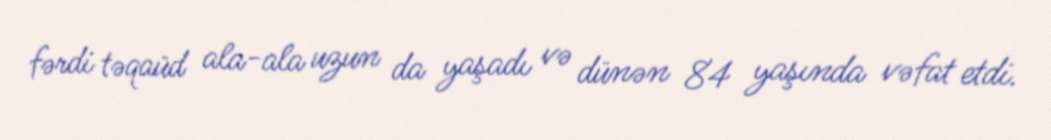
fərdi təqaüd ala-ala uzun da yaşadı və dünən 84 yaşında vəfat etdi.